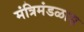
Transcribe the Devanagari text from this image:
मंत्रिमंडळास